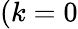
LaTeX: (k=0